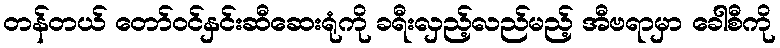
တန်တယ် တော်ဝင်နှင်းဆီဆေးရုံကို ခရီးလှည့်လည်မည့် အီဗရာမှာ ခေါစီကို